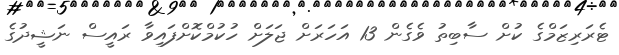
ޓެރަރިޒަމްގެ ކުށް ސާބިތު ވެގެން 13 އަހަރަށް ޖަލަށް ހުކުމްކޮށްފައިވާ ރައީސް ނަޝީދުގެ